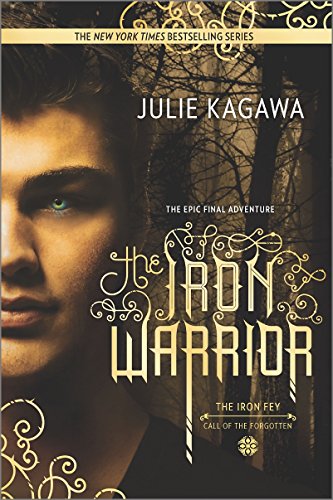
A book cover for The Iron Warrior (The Iron Fey); Julie Kagawa; Teen & Young Adult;